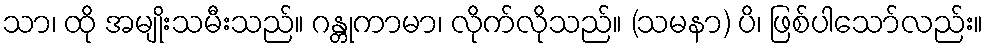
သာ၊ ထို အမျိုးသမီးသည်။ ဂန္တုကာမာ၊ လိုက်လိုသည်။ (သမနာ) ပိ၊ ဖြစ်ပါသော်လည်း။